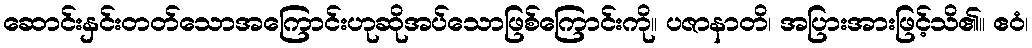
ဆောင်းနှင်းတတ်သောအကြောင်းဟုဆိုအပ်သောဖြစ်ကြောင်းကို။ ပဇာနာတိ၊ အပြားအားဖြင့်သိ၏။ ဧဝံ၊